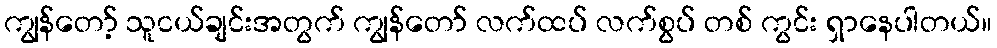
ကျွန်တော့် သူငယ်ချင်းအတွက် ကျွန်တော် လက်ထပ် လက်စွပ် တစ် ကွင်း ရှာနေပါတယ်။